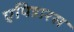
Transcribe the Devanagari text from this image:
एपिडारस